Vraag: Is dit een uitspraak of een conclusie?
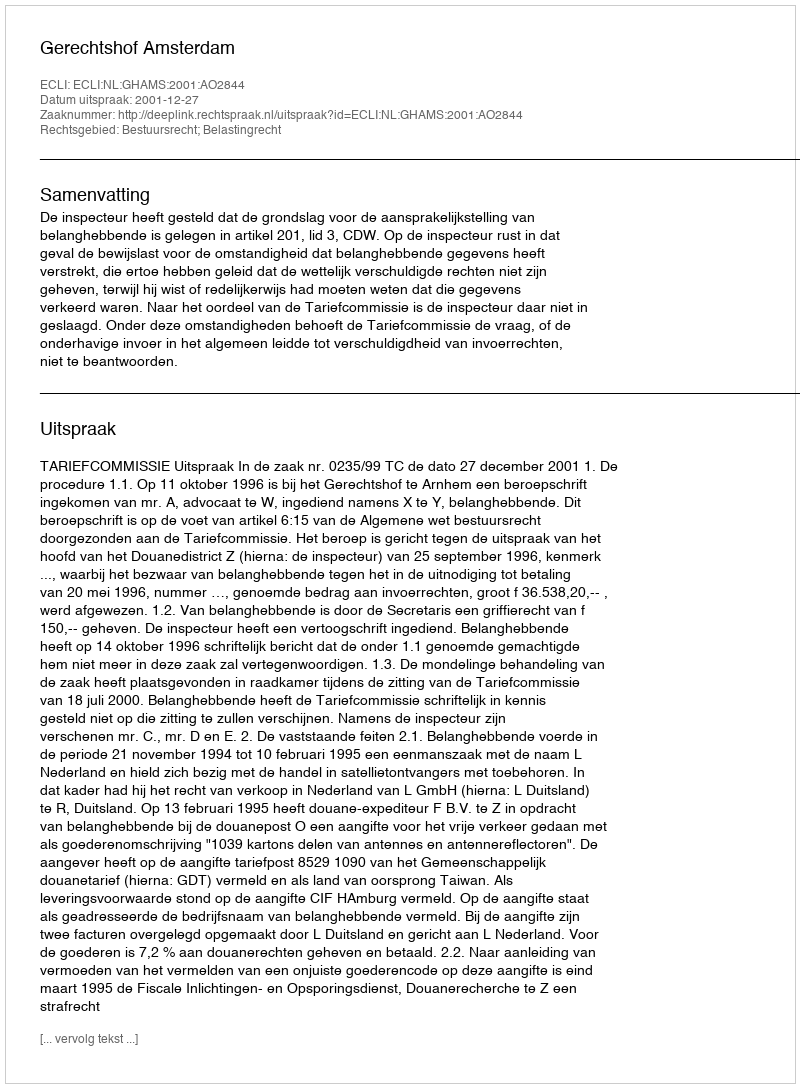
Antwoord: Uitspraak